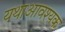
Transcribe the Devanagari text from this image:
यथाआवश्यक